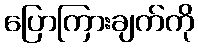
ပြောကြားချက်ကို